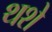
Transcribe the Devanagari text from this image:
थशे